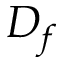
D _ { f }